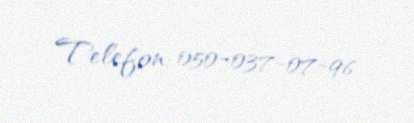
Telefon: 050-037-07-96